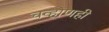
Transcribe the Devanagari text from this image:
चव्हाणही